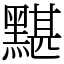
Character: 黮